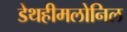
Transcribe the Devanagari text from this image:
डेथहीमलोनिल